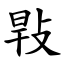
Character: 㪋